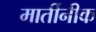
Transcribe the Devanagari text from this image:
मार्तीनीक